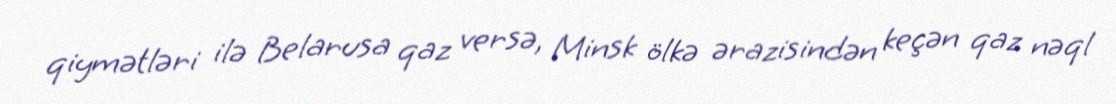
qiymətləri ilə Belarusa qaz versə, Minsk ölkə ərazisindən keçən qaz nəql